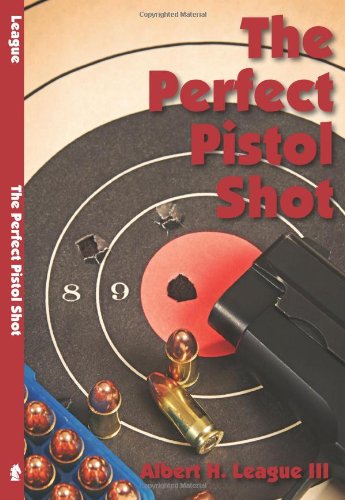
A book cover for The Perfect Pistol Shot; Albert H. League III; Sports & Outdoors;